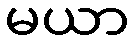
မယာ